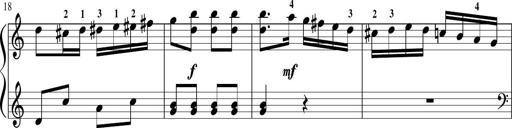
Title: Sonatina in G major
Composer: Friedrich Kuhlau
Key: G major